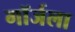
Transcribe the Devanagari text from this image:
गॉर्जला